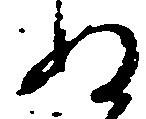
ぬ